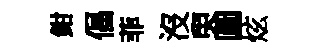
鉗倡菲沒臾圓炫